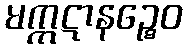
မက္ကဋာနဉ္စေဝ